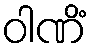
ဝါဏိံ